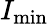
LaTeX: I_{\mathrm{min}}